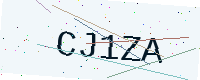
Text: CJ1ZA